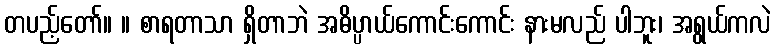
တပည့်တော်။ ။ စာရတာသာ ရှိတာဘဲ အဓိပ္ပာယ်ကောင်းကောင်း နားမလည် ပါဘူး၊ အရွယ်ကလဲ